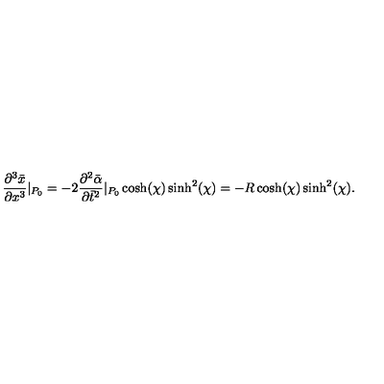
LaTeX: \frac { \partial ^ { 3 } \bar { x } } { \partial x ^ { 3 } } | _ { P _ { 0 } } = - 2 \frac { \partial ^ { 2 } \bar { \alpha } } { \partial \bar { t } ^ { 2 } } | _ { P _ { 0 } } \cosh ( \chi ) \sinh ^ { 2 } ( \chi ) = - R \cosh ( \chi ) \sinh ^ { 2 } ( \chi ) .